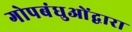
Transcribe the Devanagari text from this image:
गोपबंधुओंद्वारा